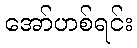
အော်ဟစ်ရင်း